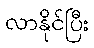
လာနိုင်ပြီး